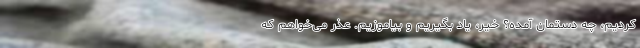
کردیم، چه دستمان آمده؟ خیر، یاد بگیریم و بیاموزیم. عذر می‌خواهم که